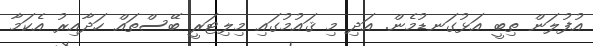
އުފުލަން ތިބީ އަޅުގަނޑުމެން. އަދި މި ޤައުމުގައި މިލިޓަރީ ބޭސްތައް ހަދާއިރު އެކަމާ